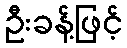
ဦးခန့်ဖြင့်